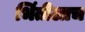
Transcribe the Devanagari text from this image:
भिंतीलाच